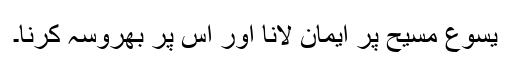
یسوع مسیح پر ایمان لانا اور اس پر بھروسہ کرنا۔